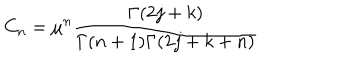
LaTeX: C _ { n } = \mu ^ { n } \frac { \Gamma ( 2 j + k ) } { \Gamma ( n + 1 ) \Gamma ( 2 j + k + n ) }